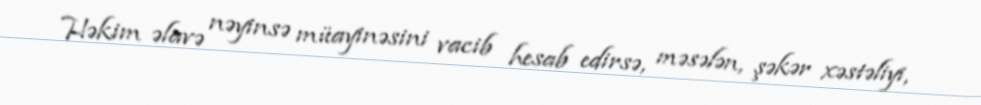
Həkim əlavə nəyinsə müayinəsini vacib hesab edirsə, məsələn, şəkər xəstəliyi,